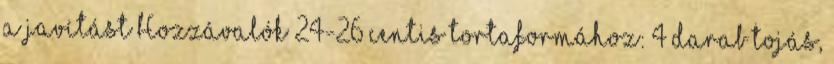
a javítást Hozzávalók 24-26 centis tortaformához: 4 darab tojás,